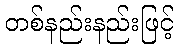
တစ်နည်းနည်းဖြင့်